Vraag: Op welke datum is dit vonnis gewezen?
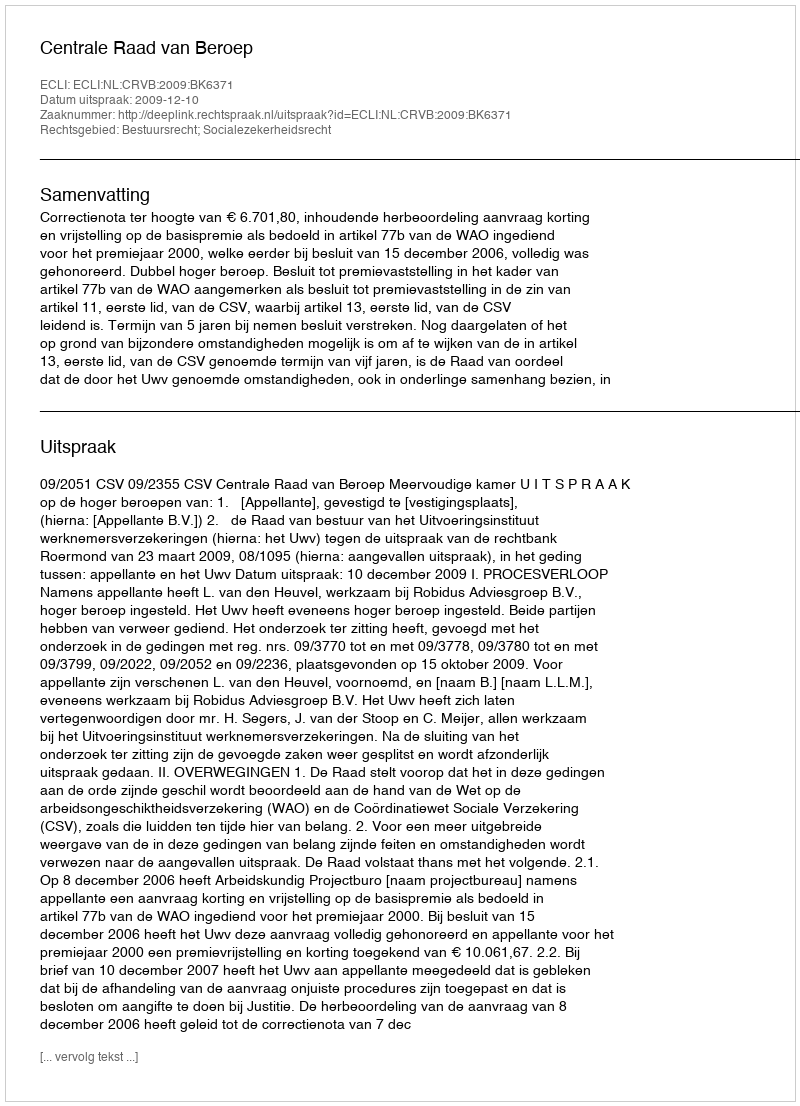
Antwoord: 2009-12-10